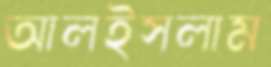
আলইসলাম